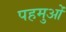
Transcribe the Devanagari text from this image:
पहमुओं